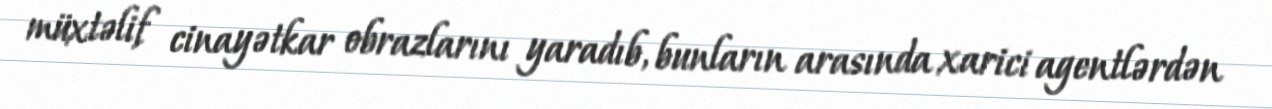
müxtəlif cinayətkar obrazlarını yaradıb, bunların arasında xarici agentlərdən